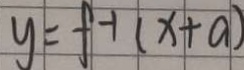
y = f ^ { - 1 } ( x + a )